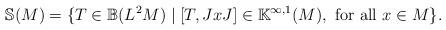
LaTeX: \begin{align*}\mathbb S(M) = \{ T \in \mathbb B(L^2M) \mid [T, JxJ] \in \mathbb K^{\infty, 1}(M), \ {\rm for\ all\ }x \in M \}. \end{align*}